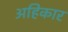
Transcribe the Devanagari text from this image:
अहिकार